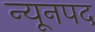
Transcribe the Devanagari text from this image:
न्यूनपद